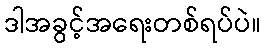
ဒါအခွင့်အရေးတစ်ရပ်ပဲ။